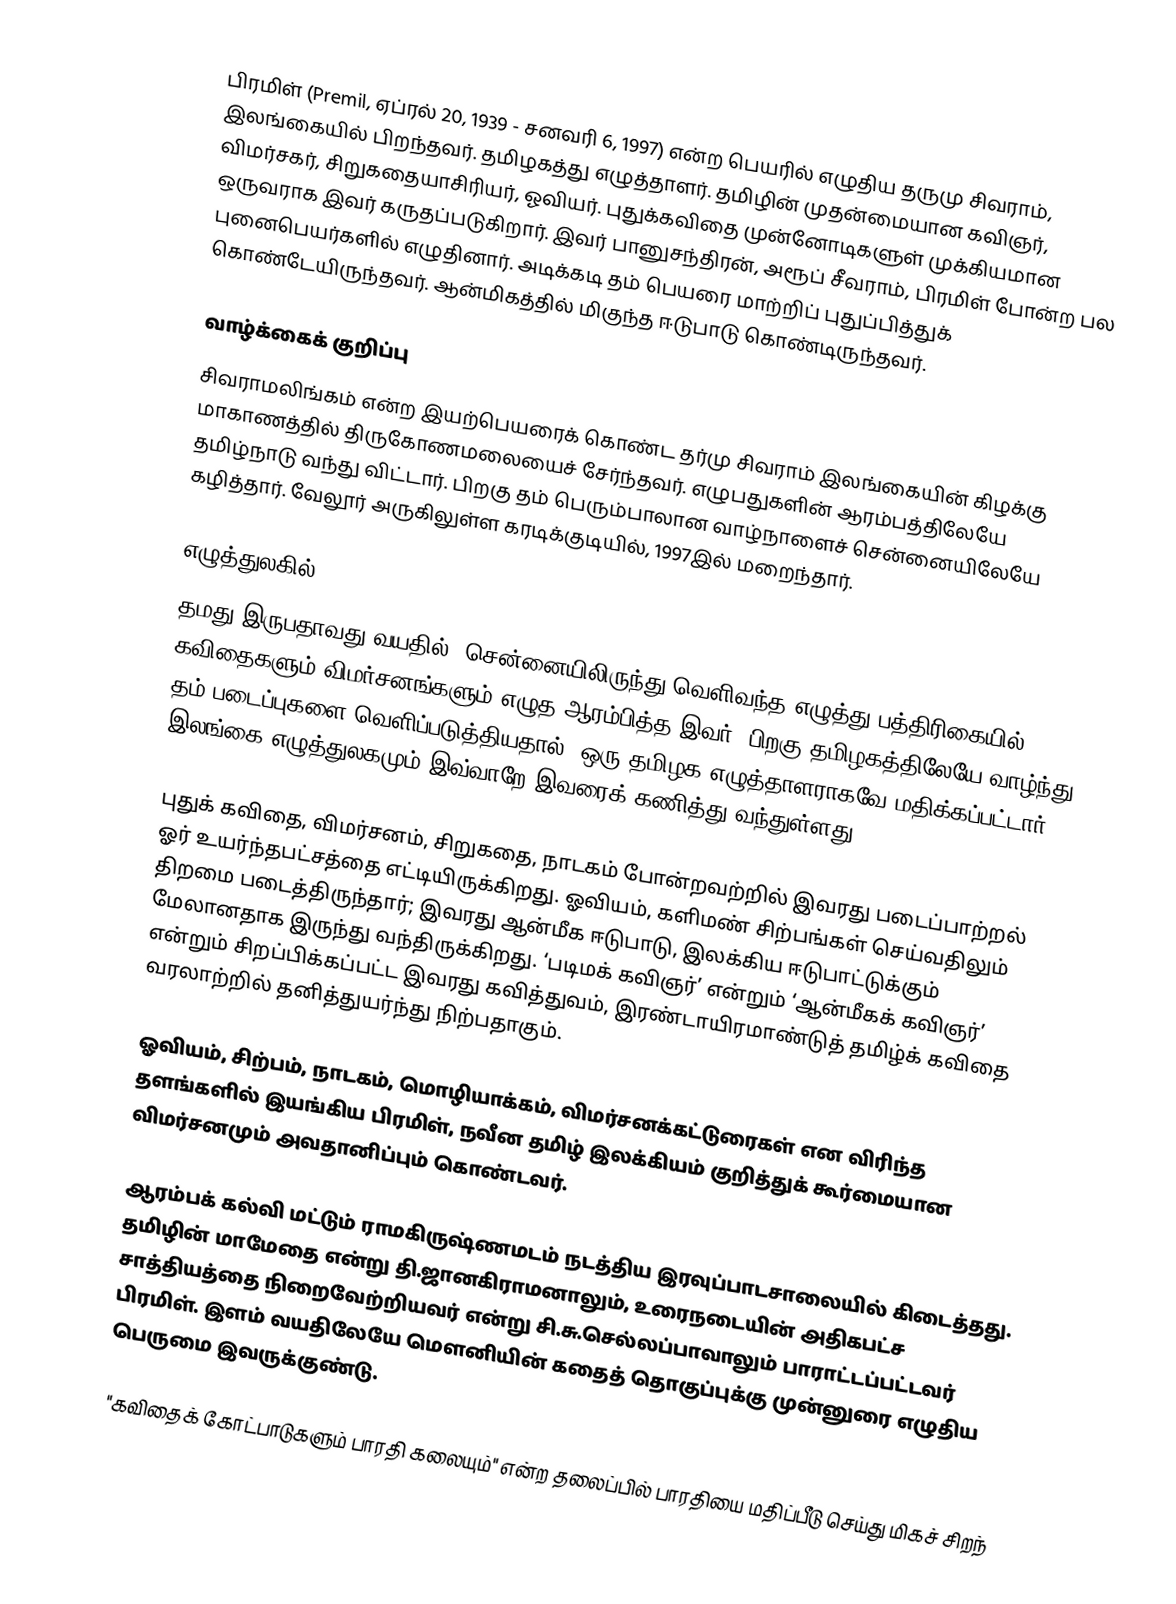
பிரமிள் (Premil, ஏப்ரல் 20, 1939 - சனவரி 6, 1997) என்ற பெயரில் எழுதிய தருமு சிவராம், இலங்கையில் பிறந்தவர்.  தமிழகத்து எழுத்தாளர். தமிழின் முதன்மையான கவிஞர், விமர்சகர், சிறுகதையாசிரியர், ஓவியர். புதுக்கவிதை முன்னோடிகளுள் முக்கியமான ஒருவராக இவர் கருதப்படுகிறார். இவர் பானுசந்திரன், அரூப் சீவராம், பிரமிள் போன்ற பல புனைபெயர்களில் எழுதினார். அடிக்கடி தம் பெயரை மாற்றிப் புதுப்பித்துக் கொண்டேயிருந்தவர். ஆன்மிகத்தில் மிகுந்த ஈடுபாடு கொண்டிருந்தவர்.

வாழ்க்கைக் குறிப்பு
சிவராமலிங்கம் என்ற இயற்பெயரைக் கொண்ட தர்மு சிவராம் இலங்கையின் கிழக்கு மாகாணத்தில் திருகோணமலையைச் சேர்ந்தவர். எழுபதுகளின் ஆரம்பத்திலேயே தமிழ்நாடு வந்து விட்டார். பிறகு தம் பெரும்பாலான வாழ்நாளைச் சென்னையிலேயே கழித்தார். வேலூர் அருகிலுள்ள கரடிக்குடியில், 1997இல் மறைந்தார்.

எழுத்துலகில்
தமது இருபதாவது வயதில், சென்னையிலிருந்து வெளிவந்த எழுத்து பத்திரிகையில் கவிதைகளும் விமர்சனங்களும் எழுத ஆரம்பித்த இவர், பிறகு தமிழகத்திலேயே வாழ்ந்து தம் படைப்புகளை வெளிப்படுத்தியதால், ஒரு தமிழக எழுத்தாளராகவே மதிக்கப்பட்டார். இலங்கை எழுத்துலகமும் இவ்வாறே இவரைக் கணித்து வந்துள்ளது.

புதுக் கவிதை, விமர்சனம், சிறுகதை, நாடகம் போன்றவற்றில் இவரது படைப்பாற்றல் ஓர் உயர்ந்தபட்சத்தை எட்டியிருக்கிறது. ஓவியம், களிமண் சிற்பங்கள் செய்வதிலும் திறமை படைத்திருந்தார்; இவரது ஆன்மீக ஈடுபாடு, இலக்கிய ஈடுபாட்டுக்கும் மேலானதாக இருந்து வந்திருக்கிறது. ‘படிமக் கவிஞர்’ என்றும் ‘ஆன்மீகக் கவிஞர்’ என்றும் சிறப்பிக்கப்பட்ட இவரது கவித்துவம், இரண்டாயிரமாண்டுத் தமிழ்க் கவிதை வரலாற்றில் தனித்துயர்ந்து நிற்பதாகும்.

ஓவியம், சிற்பம், நாடகம், மொழியாக்கம், விமர்சனக்கட்டுரைகள் என விரிந்த தளங்களில் இயங்கிய பிரமிள், நவீன தமிழ் இலக்கியம் குறித்துக் கூர்மையான விமர்சனமும் அவதானிப்பும் கொண்டவர்.

ஆரம்பக் கல்வி மட்டும் ராமகிருஷ்ணமடம் நடத்திய இரவுப்பாடசாலையில் கிடைத்தது. தமிழின் மாமேதை என்று தி.ஜானகிராமனாலும், உரைநடையின் அதிகபட்ச சாத்தியத்தை நிறைவேற்றியவர் என்று சி.சு.செல்லப்பாவாலும் பாராட்டப்பட்டவர் பிரமிள். இளம் வயதிலேயே மௌனியின் கதைத் தொகுப்புக்கு முன்னுரை எழுதிய பெருமை இவருக்குண்டு.

"கவிதைக் கோட்பாடுகளும் பாரதி கலையும்" என்ற தலைப்பில் பாரதியை மதிப்பீடு செய்து மிகச் சிறந்